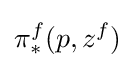
\pi _{*}^{f}(p,z^{f})